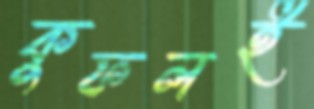
কুফলই